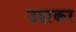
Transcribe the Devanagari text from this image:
उडा़कर